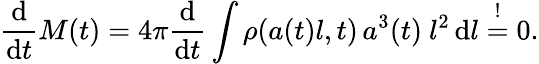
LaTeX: \frac{\mathrm{d}}{\mathrm{d}t}M(t)=4\pi\frac{\mathrm{d}}{\mathrm{d}t}\int\rho(a(t)l,t)\, a^{3}(t)\ l^{2}\, \mathrm{d}l\overset{!}{=}0.